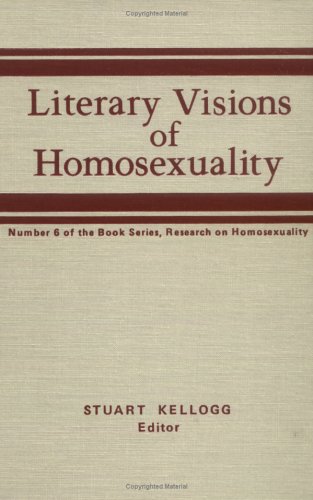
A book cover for Essays on Gay Literature (Research on Homosexuality); Stuart Kellogg; Gay & Lesbian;